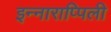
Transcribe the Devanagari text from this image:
इन्नाराप्पिली